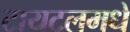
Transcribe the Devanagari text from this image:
टायटलमधे